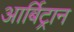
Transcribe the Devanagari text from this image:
आर्बिट्रान